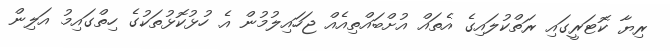
ރިޔާ ކޮޓަރީގައި ރަތްކުލައިގެ އެތައް އުށްބައްތިއެއް ޖަހައިލުމުން އެ ހުޅުކޮޅުތަކުގެ ހިތްގައިމު އަލިން